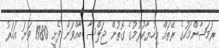
ރަމަޟާންމަހުގެ ރޭތައް އިހުޔާކުރުމުގެ ގޮތުން ޖަލްސާ ބާއްވަން ފެށީ 1980 ވަނަ އަހަރު